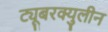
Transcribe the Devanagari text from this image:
ट्यूबरक्युलीन